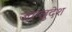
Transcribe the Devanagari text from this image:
जाग्लुदेश